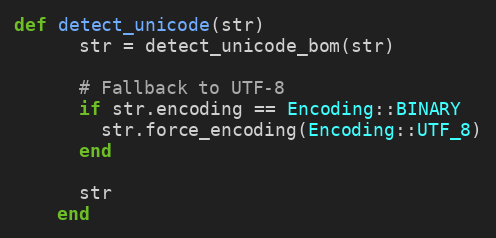
Language: Ruby
def detect_unicode(str)
      str = detect_unicode_bom(str)

      # Fallback to UTF-8
      if str.encoding == Encoding::BINARY
        str.force_encoding(Encoding::UTF_8)
      end

      str
    end